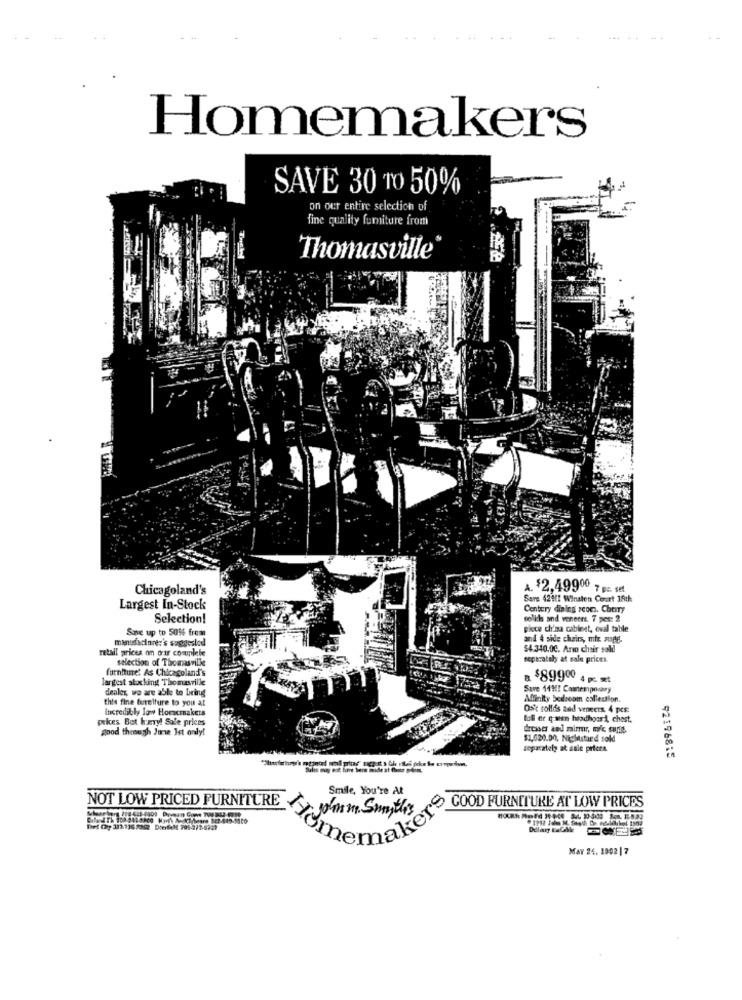
Homemakers
SAVE 30 TO 50%
on our entire selectich of
fine quality fumiture from
Thomasville
Chicagoland's
A. $2,49900 7 pe. set
Sers 4211 Winsten Court 18th
Largest In-Stock
Century dining scon. Cherry
Selection!
sollich and veneers. 7 pes: 2
Save up to 50% from
piece china cabinet, oval table
manufacture:'s suggeslod
and 4 side chairs, mit supe-
retail prices on orir complete
$4.340.00. Arm chair sold
selection of Thomasville
separately at sale prices.
furnitine: As Chicagoland's
largest stocking Thomasville
a $89900 4 R xt
dealer, wo are able to bring
Save 14H! Comtemporary
this fine furniture to you at
Affinity bedroom collection.
Incredibly low Homemakers
Osk sollds and veneers 4 pcs:
orkes Bet hey! Sale prices
toll er q ween headhossi, chest.
good through June Ist only!
$1,020.00. Nightstard sold
enparately at sale prices.
92196815
Smile, You're At
NOT LOW PRICED FURNITURE
GOOD FURNITURE AT LOW PRICES
Jomm. Smyth's
memakers
HO
Dolary LaCalle
MAY 24. 1902 |7